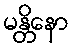
မန္တိနော